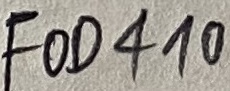
Text: FOD410